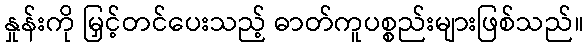
နှုန်းကို မြှင့်တင်ပေးသည့် ဓာတ်ကူပစ္စည်းများဖြစ်သည်။